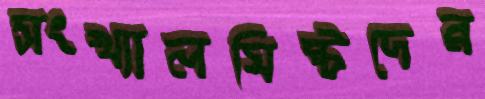
সংখ্যালঘিষ্টদের